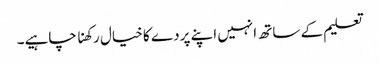
تعلیم کے ساتھ انہیں اپنے پردے کا خیال رکھنا چاہیے۔